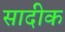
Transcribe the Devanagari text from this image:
सादीक